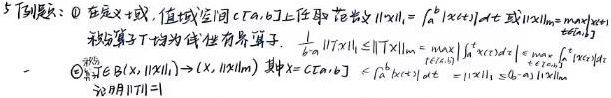
5. 下例题:
  - \textcircled{1} 在定义区域、值域空间 \(C[a,b]\) 上取范数 \(\|x\|_1=\int_{a}^{b}|x(t)|dt\) 及 \(\|x\|_{\infty}=\max_{t\in[a,b]}|x(t)|\)，积分算子 \(T\) 为线性有界算子. \(\frac{1}{b - a}\|Tx\|_1\leq\|T\|_{\infty}=\max_{t\in[a,b]}\left|\int_{a}^{t}x(\tau)d\tau\right|\leq\int_{a}^{b}|x(\tau)|d\tau\).
  - \textcircled{2} 若 \(x\in B(0,\|x\|_1)\to(x,\|x\|_{\infty})\) 其中 \(X = C[a,b]\), \(\int_{a}^{b}|x(\tau)|d\tau=\|x\|_1\leq(b - a)\|x\|_{\infty}\).
  - 证明 \(\|T\| = 1\).